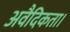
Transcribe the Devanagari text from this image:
अवैदिकता।